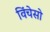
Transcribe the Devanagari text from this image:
विंचेसो